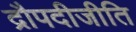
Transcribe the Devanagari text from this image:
द्रौपदीजीति